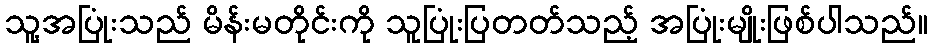
သူ့အပြုံးသည် မိန်းမတိုင်းကို သူပြုံးပြတတ်သည့် အပြုံးမျိုးဖြစ်ပါသည်။